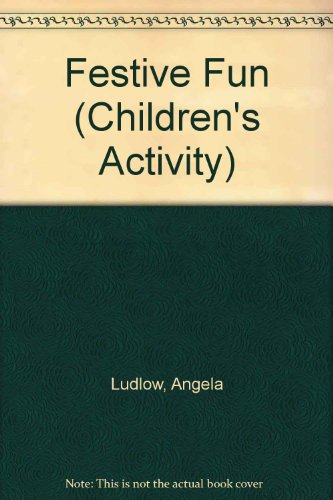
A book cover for Festive Fun (Children's Activity); Angela Ludlow; Children's Books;